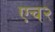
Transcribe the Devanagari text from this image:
एच२